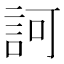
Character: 訶